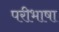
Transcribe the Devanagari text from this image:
परीभाषा